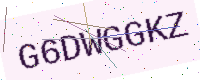
Text: G6DWGGKZ